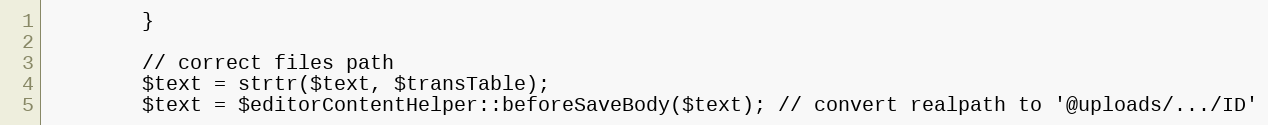
Language: PHP
        }

        // correct files path
        $text = strtr($text, $transTable);
        $text = $editorContentHelper::beforeSaveBody($text); // convert realpath to '@uploads/.../ID'